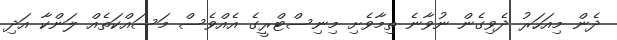
ދެން މިއަހަރު ދެވިގެން ނުވާނެ ތިމާވެށި މިނިސްޓްރީގެ އެއްވެސް މަސައްކަތެއް ލަންކާ އަދި